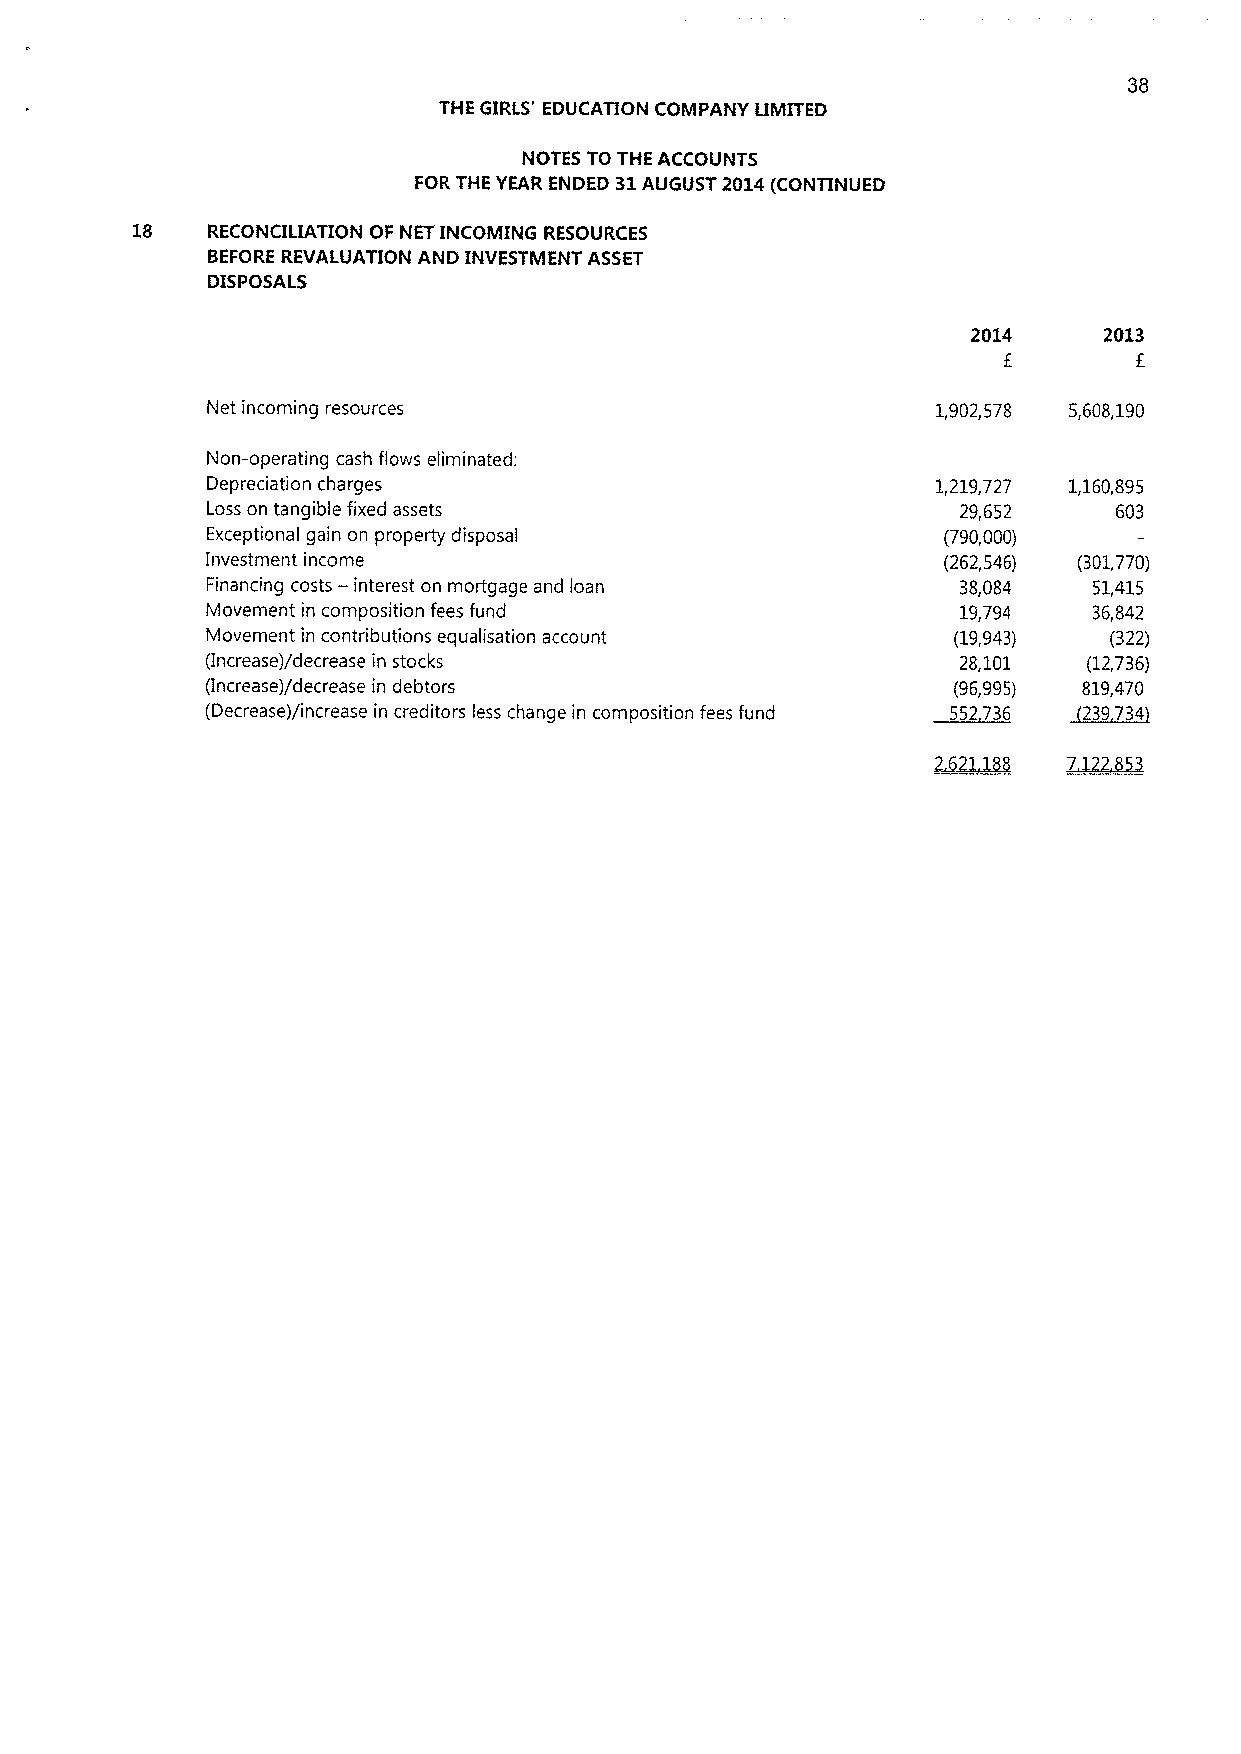
38
 THE GIRLS' EDUCATION COMPANY LIMITED
 NOTES TO THE ACCOUNTS
 FOR THE YEAR ENDED 31AUGUST 2014(CONTINUED
 18   RECONCILIATION OF NET INCOMING RESOURCES
 BEFOREREVALUATION AND INVESTMENT ASSET
 DISPOSALS
 2014     2013
 E
 Net incoming resources                          1,902,578 5,608,190
 Non-operating cash flows eliminated:
 Depreciation charges                            1,219,727 1,160,895
 Loss on tangible fixed assets                    29,652     603
 Exceptional gain on property disposal           (790,000)
 Investment income                               (262,546) (301,770)
 Financing costs —interest on mortgage and loan   38,084   51,415
 Movement in composition fees fund                19,794   36,842
 Movement in contributions equalisation account   (19,943)  (322)
 (Increase)/decrease in stocks                    28,101   (12,736)
 (Increase)/decrease in debtors                   (96,995) 819,470
 (Decrease)/increase in creditors less change in composition fees fund 552736 ~239734